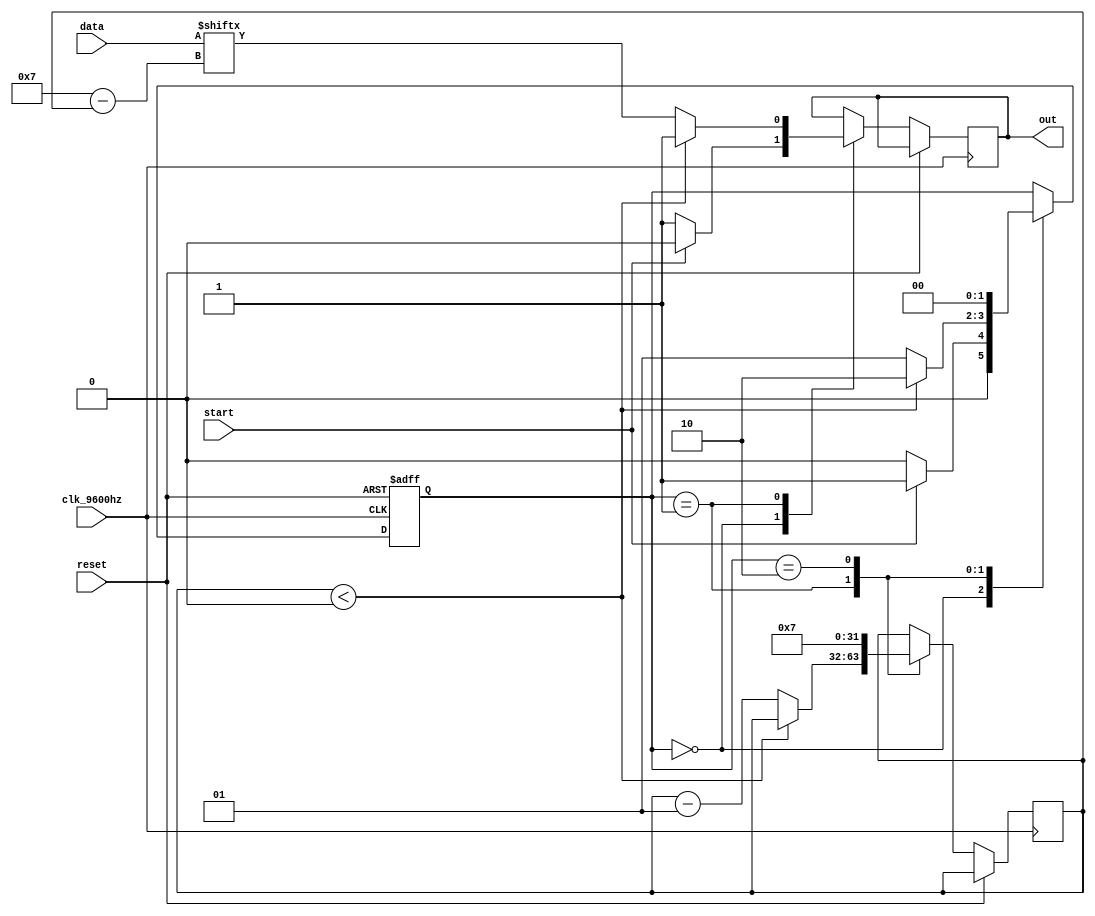
module transmitter(clk_9600hz, out, reset, data, start);

input clk_9600hz, reset, start;
input [0:7]data;
output out;

reg out;
reg [0:1]state;
	parameter START=0,
				 DATA=1,
				 STOP=2;
					
integer counter = 7;

always @ (posedge clk_9600hz or posedge reset) begin
if (reset)
	state <= START;
else
case(state)
	START:
		begin
			//Aguarda sinal de controle de incio
			//de transmisso
			if(start) begin
				//Bit de inicializao
				out = 1'b0;
				state <= DATA;
			end
			else begin
				out = 1'b1;
				state <= START;
			end
		end
	DATA:
		begin
			//L os bits do registrador e os envia 
			if (counter < 0) begin
				out = 1'b1;
				state <= STOP;
			end
			else begin
				out = data [counter];
				counter = counter - 1;
				state <= DATA;
			end
		end
	STOP:
		begin
			//finalizao da transmisso com um bit de parada
			state <= START;
			counter = 7;
		end
endcase
end

endmodule